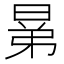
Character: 晜